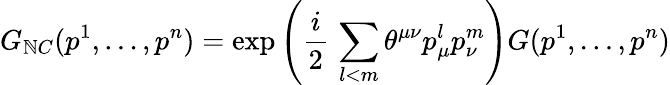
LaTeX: G_{\mathbb{N}C}(p^{1},\dots,p^{n})=\exp\left(\frac{{i}}{{2}}\, \sum_{l<m}\theta^{\mu\nu}p_{\mu}^{l}p_{\nu}^{m}\right)G(p^{1},\dots,p^{n})